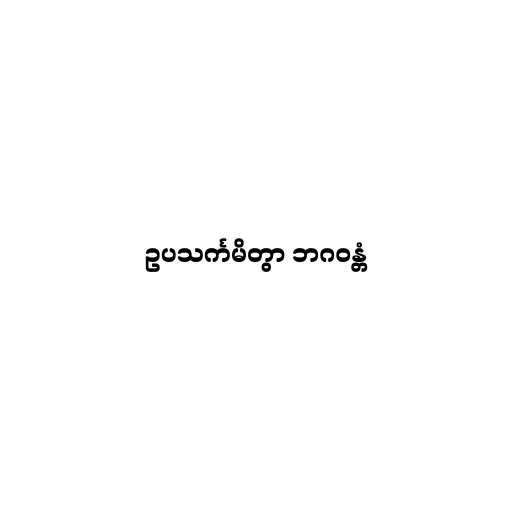
ဥပသင်္ကမိတွာ ဘဂဝန္တံ